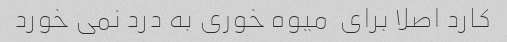
کارد اصلا برای  میوه خوری به درد نمی خورد